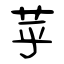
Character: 苸